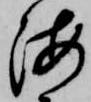
海